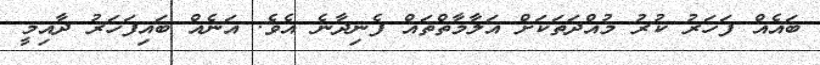
ބައެއް ފަހަރު ކުރު މުއްދަތަކަށް އަލާމާތްތައް ފެނިދާނެ އެވެ. އަނެއް ބައިފަހަރު ދާއިމީ